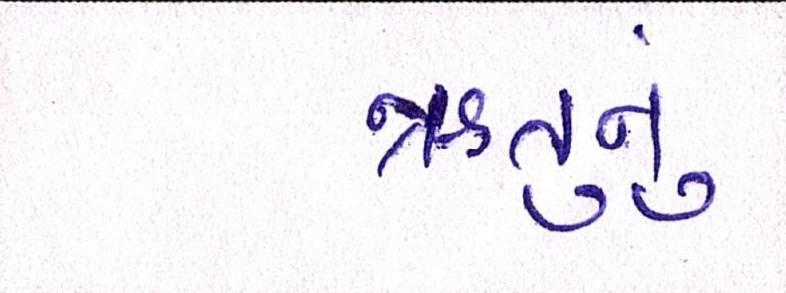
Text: ઋતુનું